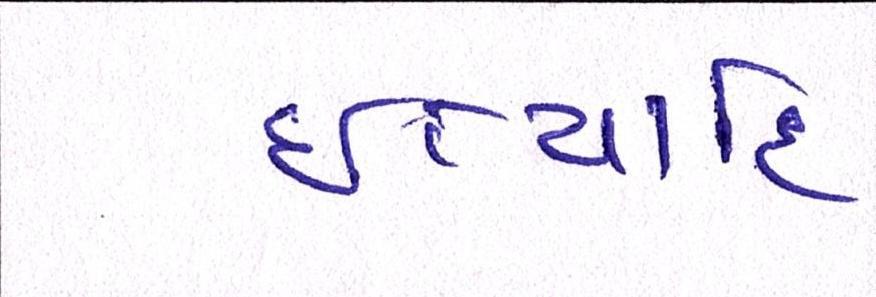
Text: ઈત્યાદિ